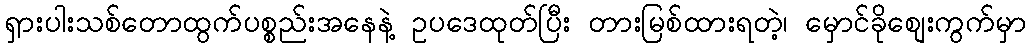
ရှားပါးသစ်တောထွက်ပစ္စည်းအနေနဲ့ ဥပဒေထုတ်ပြီး တားမြစ်ထားရတဲ့၊ မှောင်ခိုစျေးကွက်မှာ